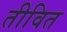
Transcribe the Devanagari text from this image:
तीवित